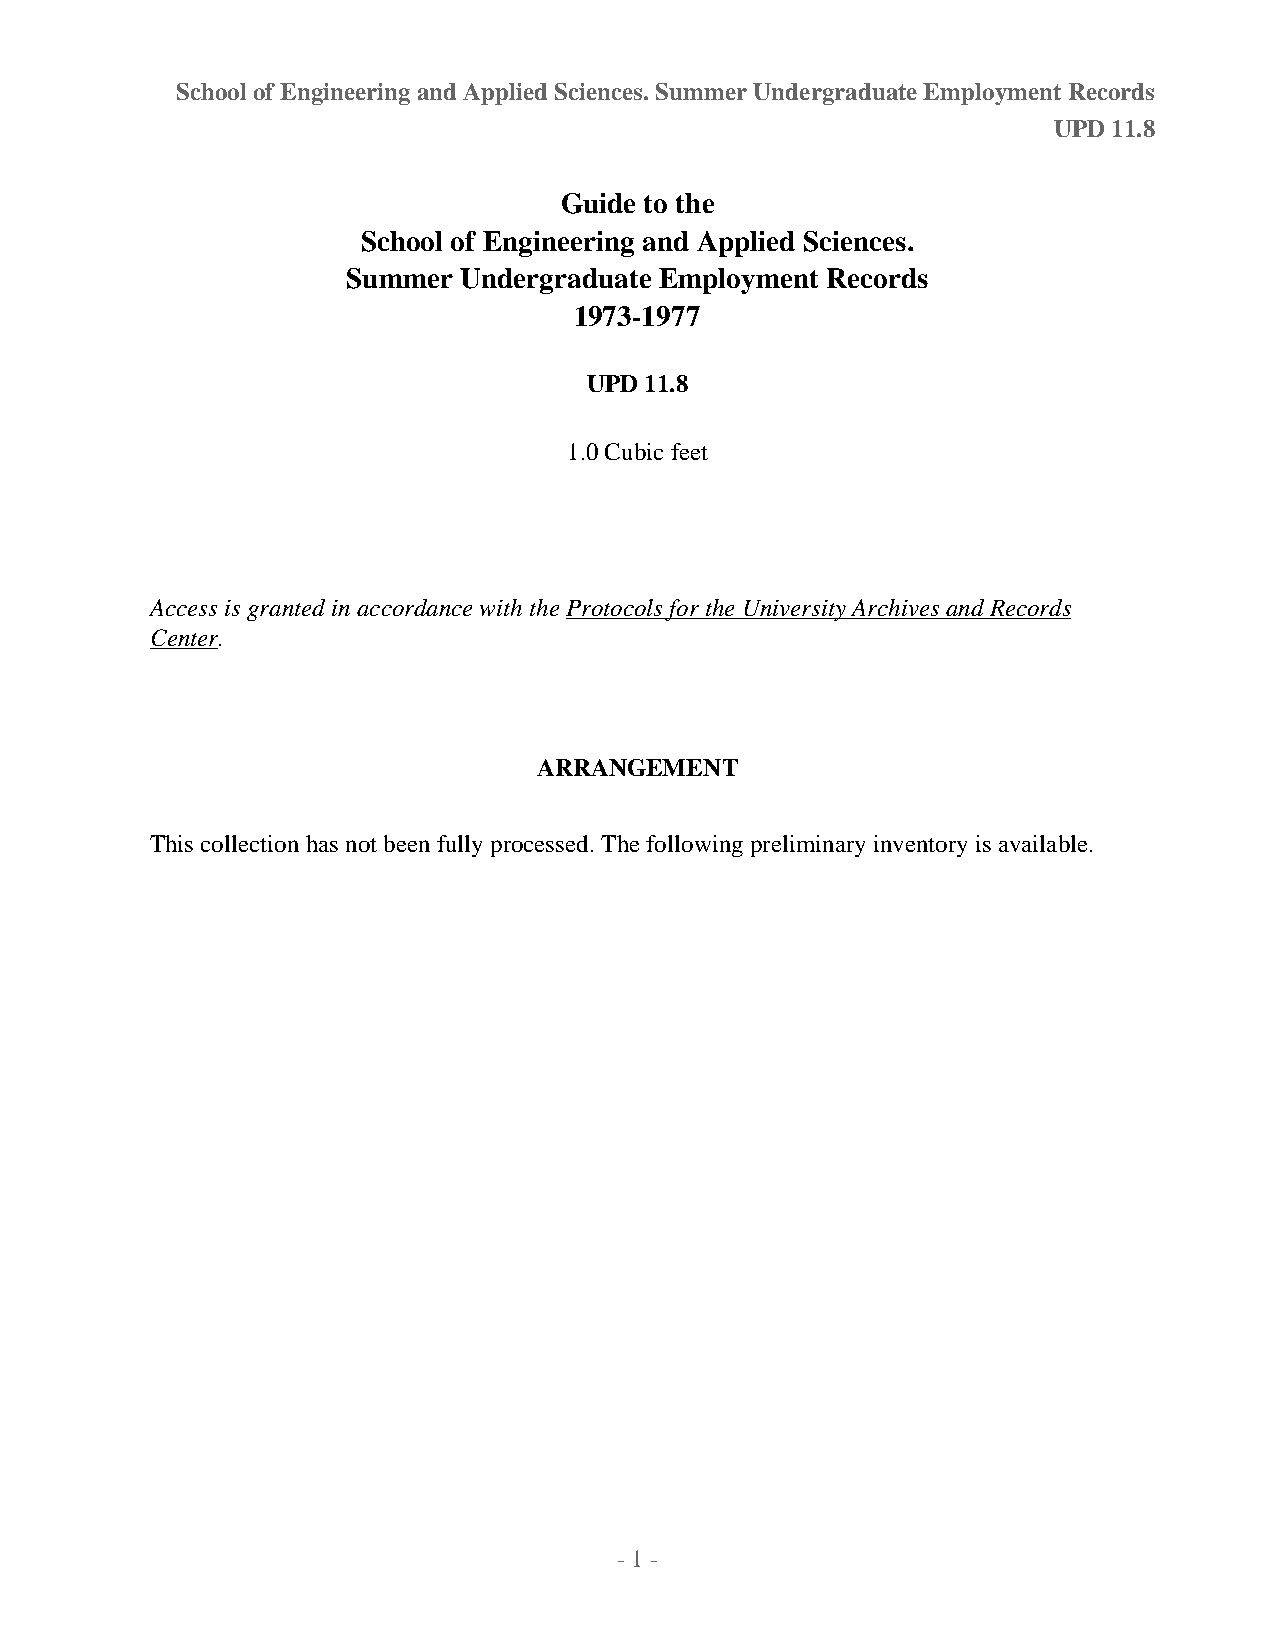
School of Engineering and Applied Sciences. Summer Undergraduate Employment Records
 UPD 11.8
 Guide to the
 School of Engineering and Applied Sciences.
 Summer Undergraduate Employment Records
 1973-1977
 UPD 11.8
 1.0 Cubic feet
 Access is granted in accordance with the Protocols for the University Archives and Records
 Center.
 ARRANGEMENT
 This collection has not been fully processed. The following preliminary inventory is available.
 - 1 -